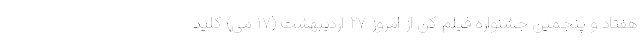
هفتاد و پنجمین جشنواره فیلم کن از امروز ۲۷ اردیبهشت (۱۷ می) کلید